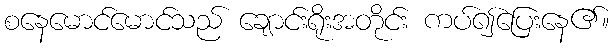
စနေမောင်မောင်သည် ချောင်းရိုးအတိုင်း ကပ်၍ပြေးနေ၏။